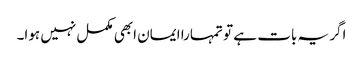
اگر یہ بات ہے تو تمہارا ایمان ابھی مکمل نہیں ہوا۔